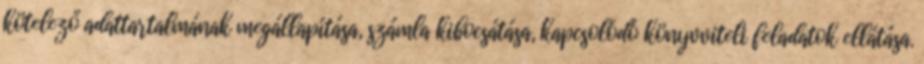
kötelező adattartalmának megállapítása, számla kibocsátása, kapcsolódó könyvviteli feladatok ellátása.